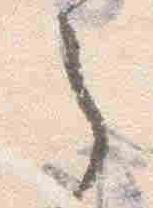
之